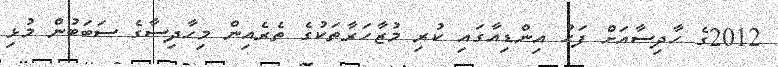
2012ގެ ހާދިސާއަށް ފަހު އިންޑިއާގައި ކުރި މުޒާހަރާތަކުގެ ތެރެއިން މިހާދިސާގެ ސަބަބުން މުޅި